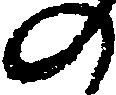
の